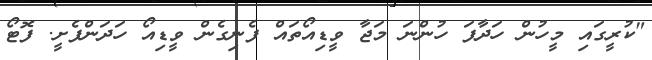
"ކުރީގައި މީހުން ހަދާފަ ހުންނަ މަޖާ ވީޑިއޯތައް ފެނިގެން ވީޑިއޯ ހަދަންފެށީ. ފޮޓޯ